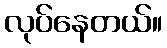
လုပ်နေတယ်။